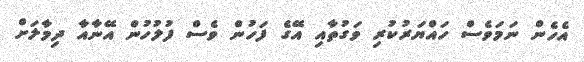
އެހެން ނަމަވެސް ހައްޔަރުކުރި ވަގުތާއި އޭގެ ފަހުން ވެސް ފުލުހުން އޭނާއާ ދިމާލަށް